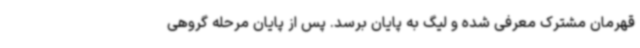
قهرمان مشترک معرفی شده و لیگ به پایان برسد. پس از پایان مرحله گروهی